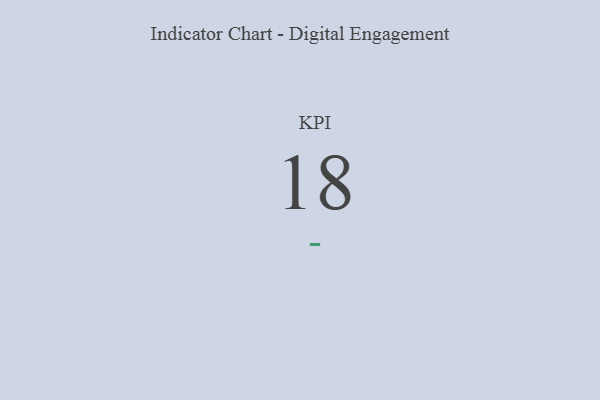
{"axis": {"x": "KPI", "y": "Value"}, "legend": [""], "data": [{"x": "KPI", "y": 18, "type": ""}]}